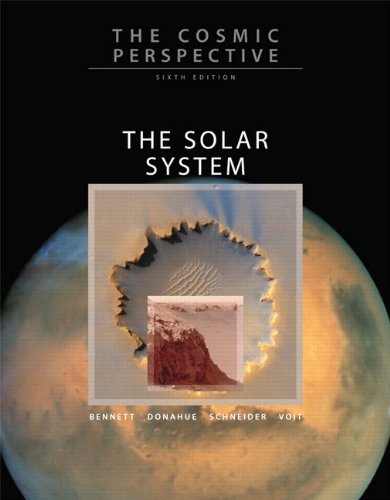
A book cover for The Cosmic Perspective: The Solar System with MasteringAstronomy (6th Edition); Jeffrey O. Bennett; Science & Math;